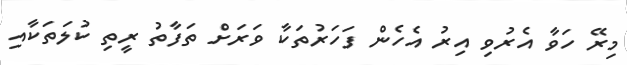
މިރޭ ހަވާ އެރުވި އިރު އެހެން ފަހަރުތަކާ ވަރަށް ތަފާތު ރީތި ކުލަތަކާއި